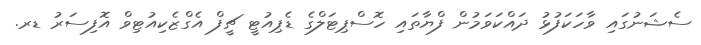
ސެޝަނުގައި ވާހަކަފުޅު ދައްކަވަމުން ފްޔާތައި ހޮސްޕިޓަލްގެ ޑެޕިއުޓީ ޗީފް އެގްޒެކިއުޓިވް އޮފިސަރު ޑރ.